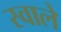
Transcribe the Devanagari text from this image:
स्वाले